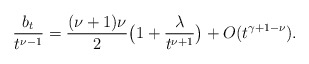
\begin{align*} \frac{b_t}{t^{\nu-1}} = \frac{(\nu+1)\nu}{2}\big(1 + \frac{\lambda}{t^{\nu+1}}\big) + O(t^{\gamma+1-\nu}). \end{align*}